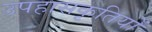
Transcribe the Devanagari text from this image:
उपहासकृतियों